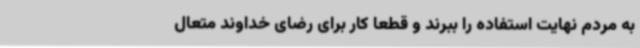
به مردم نهایت استفاده را ببرند و قطعاً کار برای رضای خداوند متعال